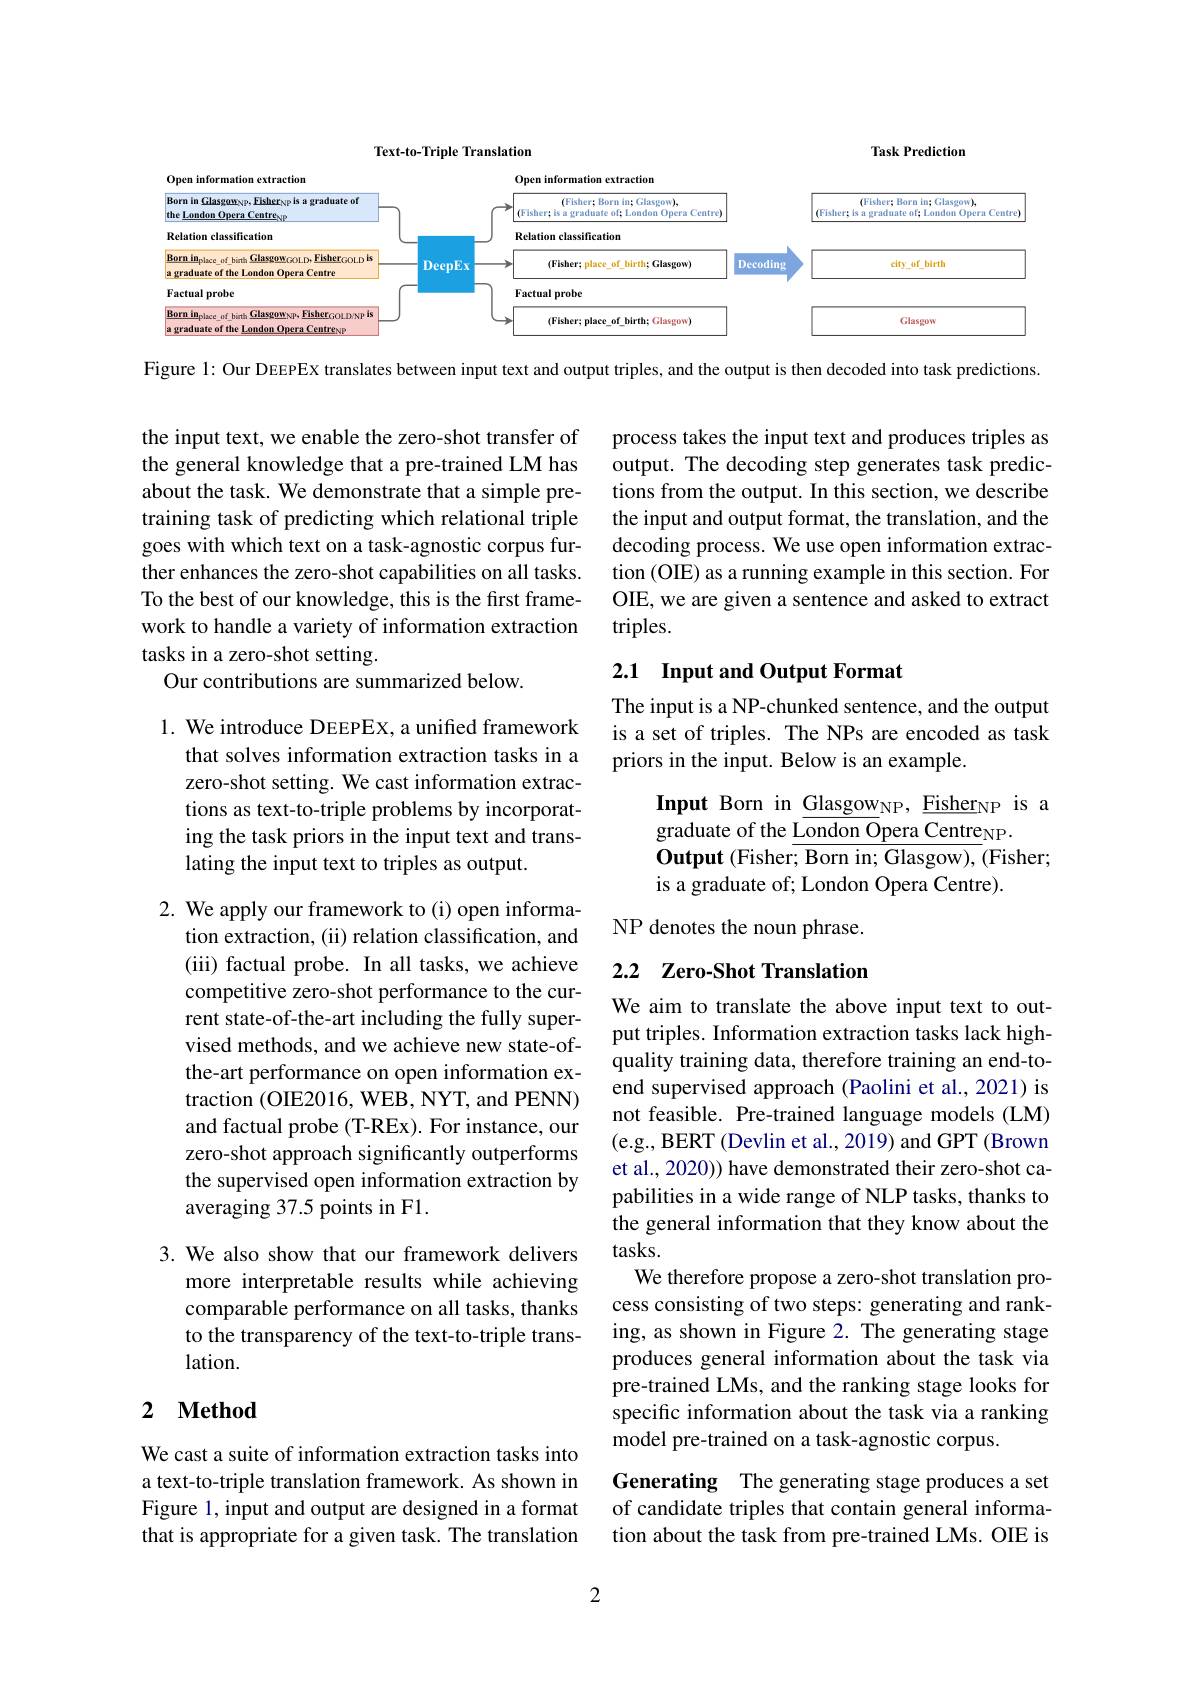
<FigureHere>

Figure 1: Our DEEPEX translates between input text and output triples, and the output is then decoded into task predictions.

the input text, we enable the zero-shot transfer of the general knowledge that a pre-trained LM has about the task. We demonstrate that a simple pretraining task of predicting which relational triple goes with which text on a task-agnostic corpus further enhances the zero-shot capabilities on all tasks. To the best of our knowledge, this is the first framework to handle a variety of information extraction tasks in a zero-shot setting.
Our contributions are summarized below.

1. We introduce DEEPEX, a unified framework
that solves information extraction tasks in a zero-shot setting. We cast information extractions as text-to-triple problems by incorporating the task priors in the input text and translating the input text to triples as output.

2. We apply our framework to (i) open informa-
tion extraction, (ii) relation classification, and (iii) factual probe. In all tasks, we achieve competitive zero-shot performance to the current state-of-the-art including the fully supervised methods, and we achieve new state-ofthe-art performance on open information extraction (OIE2016, WEB, NYT, and PENN) and factual probe (T-REx). For instance, our zero-shot approach significantly outperforms the supervised open information extraction by averaging 37.5 points in F1.

3. We also show that our framework delivers
more interpretable results while achieving comparable performance on all tasks, thanks to the transparency of the text-to-triple translation.

## 2 Method

We cast a suite of information extraction tasks into a text-to-triple translation framework. As shown in Figure 1, input and output are designed in a format that is appropriate for a given task. The translation

process takes the input text and produces triples as output. The decoding step generates task predictions from the output. In this section, we describe the input and output format, the translation, and the decoding process. We use open information extraction (OIE) as a running example in this section. For OIE, we are given a sentence and asked to extract triples.

## 2.1 Input and Output Format

The input is a NP-chunked sentence, and the output is a set of triples. The NPs are encoded as task priors in the input. Below is an example.

Input Born in $\underline{\text{Glasgow}}_\mathrm{NP},\underline{\text{Fisher}}_\mathrm{NP}$ is a
graduate of the London Opera Centre NP
$\textbf{Output ( Fisher; Born in; Glasgow) , ( Fisher; }$
is a graduate of; London Opera Centre).
NP denotes the noun phrase.

## 2.2 Zero-Shot Translation

We aim to translate the above input text to output triples. Information extraction tasks lack highquality training data, therefore training an end-toend supervised approach (Paolini et al., 2021) is not feasible. Pre-trained language models (LM) (e.g., BERT (Devlin et al., 2019) and GPT (Brown et al., 2020)) have demonstrated their zero-shot capabilities in a wide range of NLP tasks, thanks to the general information that they know about the tasks.
We therefore propose a zero-shot translation process consisting of two steps: generating and ranking, as shown in Figure 2. The generating stage produces general information about the task via pre-trained LMs, and the ranking stage looks for specific information about the task via a ranking model pre-trained on a task-agnostic corpus.

Generating The generating stage produces a set of candidate triples that contain general information about the task from pre-trained LMs. OIE is

2